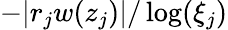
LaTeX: -|r_{j}w(z_{j})|/\log(\xi_{j})